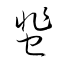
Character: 蜚